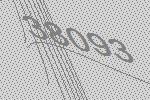
38093